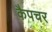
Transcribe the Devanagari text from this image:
कैपचर